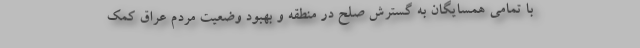
با تمامی همسایگان به گسترش صلح در منطقه و بهبود وضعیت مردم عراق کمک